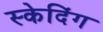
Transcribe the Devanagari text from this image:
स्केदिंग